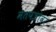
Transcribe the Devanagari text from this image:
मतपत्रांवर